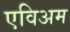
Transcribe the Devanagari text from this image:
एविअम